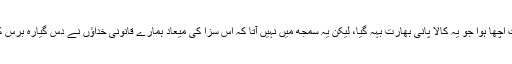
خدا بچائے بہت اچھا ہوا جو یہ کالا پانی بھارت بہہ گیا، لیکن یہ سمجھ میں نہیں آتا کہ اس سزا کی میعاد ہمارے قانونی خداؤں نے دس گیارہ برس کیوں نہ رکھی۔